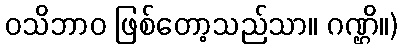
ဝသိဘာဝ ဖြစ်တော့သည်သာ။ ဂဏ္ဌိ။)